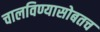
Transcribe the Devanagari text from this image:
चालविण्यासोबतच